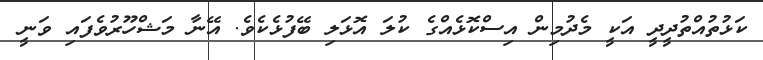
ކަޅުތުއްތުދީދީ އަކީ މެދުމިން އިސްކޮޅެއްގެ ކުލަ އޮޅަލި ބޭފުޅެކެވެ. އޭނާ މަޝްހޫރުވެފައި ވަނީ